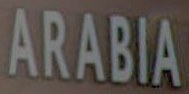
ARABIA